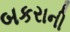
બકરાની